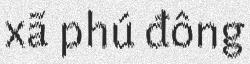
xã phú đông